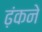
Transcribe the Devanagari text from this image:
ढ़ंकने